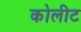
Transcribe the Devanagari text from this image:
कोलीट